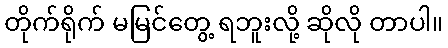
တိုက်ရိုက် မမြင်တွေ့ ရဘူးလို့ ဆိုလို တာပါ။